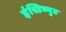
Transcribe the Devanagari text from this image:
इंस्टिच्युट